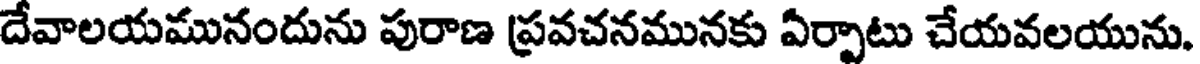
దేవాలయమునందును పురాణ ప్రవచనమునకు ఏర్పాటు చేయవలయును.